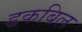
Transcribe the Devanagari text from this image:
डकबिल